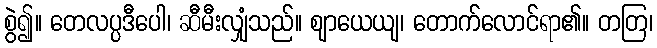
စွဲ၍။ တေလပ္ပဒီပေါ၊ ဆီမီးလျှံသည်။ ဈာယေယျ၊ တောက်လောင်ရာ၏။ တတြ၊